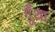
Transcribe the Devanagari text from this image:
गूँथा